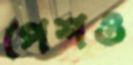
পেশও